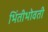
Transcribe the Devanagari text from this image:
भिंतीभोवती